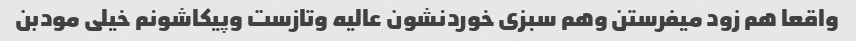
واقعا هم زود میفرستن وهم سبزی خوردنشون عالیه وتازست وپیکاشونم خیلی مودبن